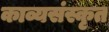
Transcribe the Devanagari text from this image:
काव्यसंस्कृत